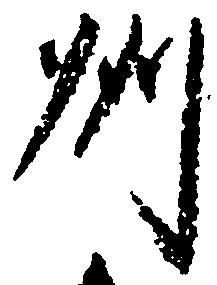
州